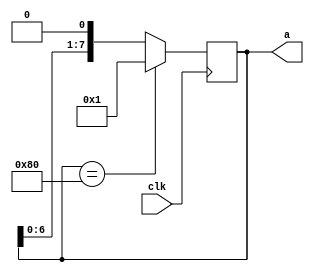
`timescale 1ns / 1ps
//////////////////////////////////////////////////////////////////////////////////
// Company: 
// Engineer: 
// 
// Design Name: 
// Module Name: blink
// Project Name: 
// Target Devices: 
// Tool Versions: 
// Description: 
// 
// Dependencies: 
// 
// Revision:
// Revision 0.01 - File Created
// Additional Comments:
// 
//////////////////////////////////////////////////////////////////////////////////


module blink(
    input clk,
    output reg[7:0] a
    );

    initial begin
        a <= 8'b00000001;
    end

    always @(posedge clk) begin
        a <= (a == 8'b10000000)? 8'b00000001: (a << 1);
    end
endmodule